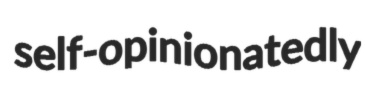
self-opinionatedly